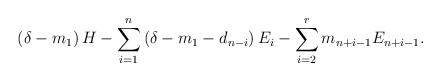
\begin{align*}\left( \delta -m_1 \right)H - \sum_{i=1}^n \left( \delta -m_1-d_{n-i} \right)E_i-\sum_{i=2}^r m_{n+i-1} E_{n+i-1}.\end{align*}